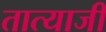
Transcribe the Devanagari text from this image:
तात्याजी